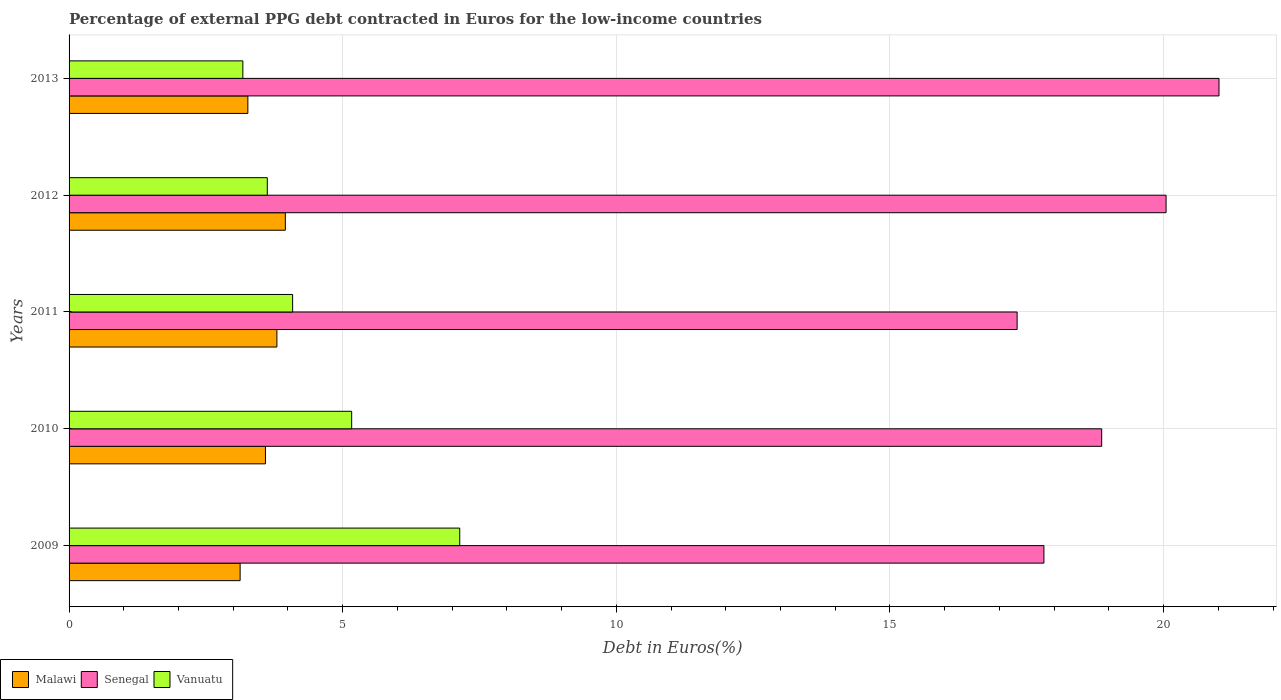
| Years | Malawi | Senegal | Vanuatu |
 | --- | --- | --- | --- |
 | 2009 | 3.13 | 17.8 | 7.14 |
 | 2010 | 3.59 | 18.9 | 5.16 |
 | 2011 | 3.8 | 17.3 | 4.08 |
 | 2012 | 3.95 | 20 | 3.62 |
 | 2013 | 3.27 | 21 | 3.18 |